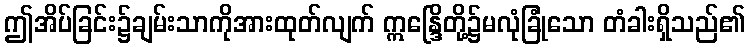
ဤအိပ်ခြင်း၌ချမ်းသာကိုအားထုတ်လျက် ဣန္ဒြေိတို့၌မလုံခြုံသော တံခါးရှိသည်၏